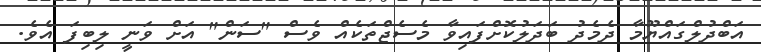
އަބްދުލްގައްޔޫމާ ދެމެދު ބަދަލުކޮށްފައިވާ މެސެޖްތަކެއް ވެސް "ސަން" އަށް ވަނީ ލިބިފަ އެވެ.